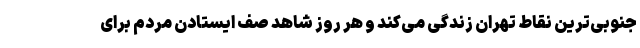
جنوبی‌ترین نقاط تهران زندگی می‌کند و هر روز شاهد صف ایستادن مردم برای